Rangoon Lunatic Asylum 1878-1892 - 1878-1892
Year: 1878
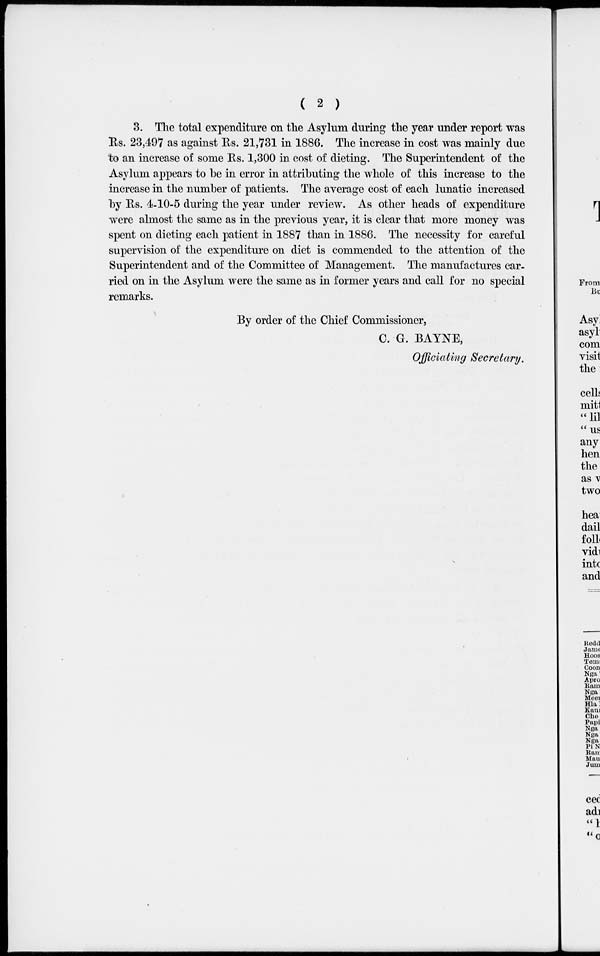
( 2 )
3. The total expenditure on the Asylum during the year under report was
Rs. 23,497 as against Rs. 21,731 in 1886. The increase in cost was mainly due
to an increase of some Rs. 1,300 in cost of dieting. The Superintendent of the
Asylum appears to be in error in attributing the whole of this increase to the
increase in the number of patients. The average cost of each lunatic increased
by Rs. 4-10-5 during the year under review. As other heads of expenditure
were almost the same as in the previous year, it is clear that more money was
spent on dieting each patient in 1887 than in 1886. The necessity for careful
supervision of the expenditure on diet is commended to the attention of the
Superintendent and of the Committee of Management. The manufactures car-
ried on in the Asylum were the same as in former years and call for no special
remarks.
By order of the Chief Commissioner,
C. G. BAYNE,
Officiating Secretary.